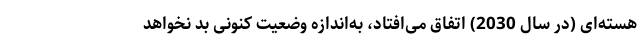
هسته‌ای (در سال 2030) اتفاق می‌افتاد، به‌اندازه وضعیت کنونی بد نخواهد